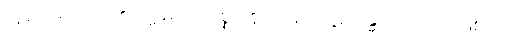
ဟူ၍။ အာဟ၊ ၏။ ဣဓ၊ ဤပစ္စုပ္ပန်ဘဝ၌။ ပဋိသန္ဓိ၊ (အတိတ်ဖြစ်သော